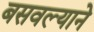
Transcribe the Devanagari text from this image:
बसवल्याने